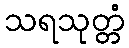
သရသုတ္တံ